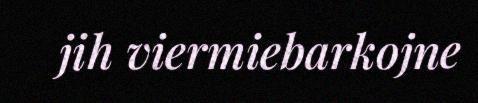
jih viermiebarkojne